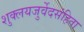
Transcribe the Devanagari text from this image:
शुक्लयजुर्वेदसंहिता